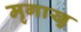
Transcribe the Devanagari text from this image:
मृगाखु